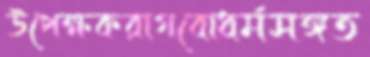
উপেক্ষকরাগবোধর্মসঙ্গত